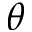
\theta